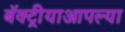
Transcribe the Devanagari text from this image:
बॅक्ट्रीयाआपल्या